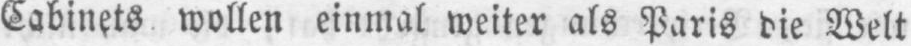
Cabinets wollen einmal weiter als Paris die Welt